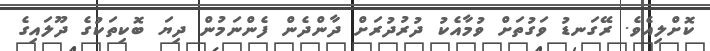
ކޮށްލިއެވެ. ރޭގަނޑު ވަގުތަށް ވުމާއެކު ދުރުދުރަށް ދާންދެން ފެންނަމުން ދިޔަ ބޮކިތަކުގެ ދޫލައިގެ